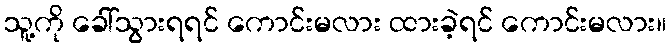
သူ့ကို ခေါ်သွားရရင် ကောင်းမလား ထားခဲ့ရင် ကောင်းမလား။